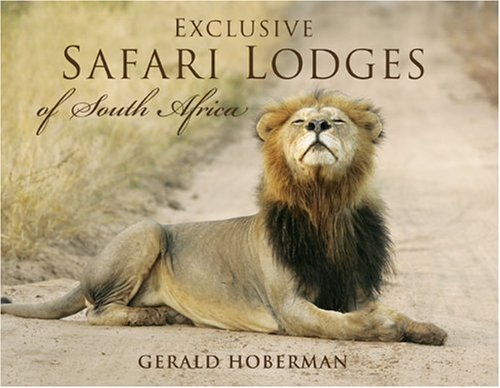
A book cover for Exclusive Safari Lodges of South Africa: Celebrating the Ultimate Wildlife Experience; Travel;